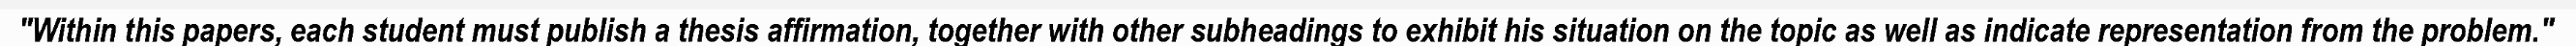
"Within this papers, each student must publish a thesis affirmation, together with other subheadings to exhibit his situation on the topic as well as indicate representation from the problem."